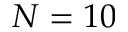
N = 1 0